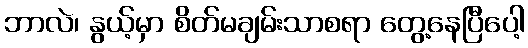
ဘာလဲ၊ နွယ့်မှာ စိတ်မချမ်းသာစရာ တွေ့နေပြီပေါ့